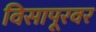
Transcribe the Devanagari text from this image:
विसापूरवर